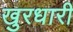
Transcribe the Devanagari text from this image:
खुरधारी